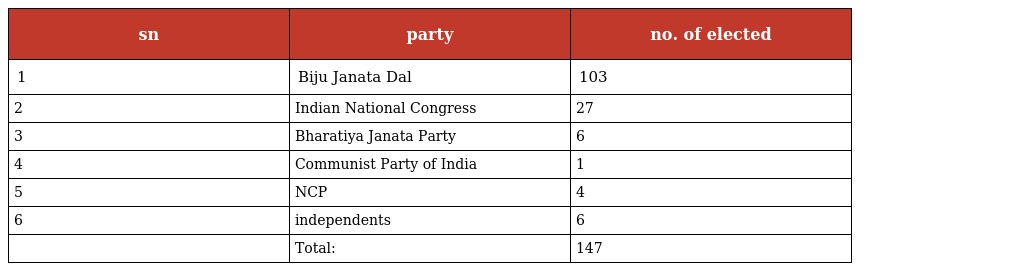
| sn | party | no. of elected |
 | --- | --- | --- |
 | 1 | Biju Janata Dal | 103 |
 | 2 | Indian National Congress | 27 |
 | 3 | Bharatiya Janata Party | 6 |
 | 4 | Communist Party of India | 1 |
 | 5 | NCP | 4 |
 | 6 | independents | 6 |
 |  | Total: | 147 |